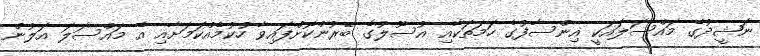
ނަޝީދުގެ މައްސަލައަކީ އިންސާފުގެ ހަމަތަކާއި އުސޫލުގެ ބޭރުންކޮށްފައިވާ ހުކުމެއްކަމަށާއި އެ މައްސަލަ އަލުން